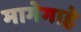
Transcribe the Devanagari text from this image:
मागेगाहे